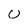
Character: U